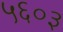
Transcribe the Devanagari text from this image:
५६०३